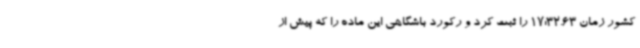
کشور زمان 17:32.63 را ثبت کرد و رکورد باشگاهی این ماده را که پیش از